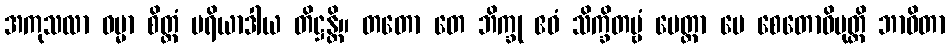
အကုသလာ ဓမ္မာ စိတ္တံ ပရိယာဒါယ တိဋ္ဌန္တိ။ တတော တေ ဘိက္ခု ဧဝံ သိက္ခိတဗ္ဗံ မေတ္တာ မေ စေတောဝိမုတ္တိ ဘာဝိတာ